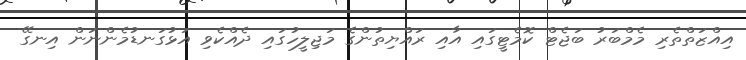
އިއްޒަތްތެރި މެމްބަރު ބަޖެޓް ކޮމެޓީގައި އާއި ރައްޔިތުންގެ މަޖިލީހުގައި ދެއްކެވި އަޅުގަނޑުމެންނަން އިނގޭ